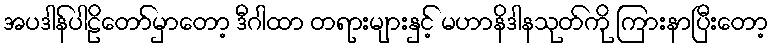
အပဒါန်ပါဠိတော်မှာတော့ ဒီဂါထာ တရားများနှင့် မဟာနိဒါနသုတ်ကို ကြားနာပြီးတော့